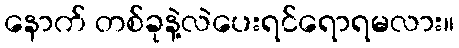
နောက် တစ်ခုနဲ့လဲပေးရင်ရောရမလား။